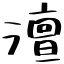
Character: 澶